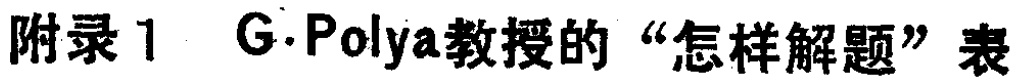
附录1 G. Polya教授的“怎样解题”表